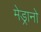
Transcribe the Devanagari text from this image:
मेड्रानो